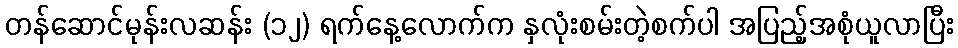
တန်ဆောင်မုန်းလဆန်း (၁၂) ရက်နေ့လောက်က နှလုံးစမ်းတဲ့စက်ပါ အပြည့်အစုံယူလာပြီး